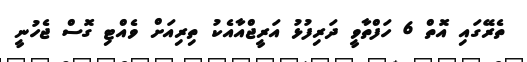
ތެރޭގައި އޮތް 6 ހަފްތާވީ ދަރިފުޅު އަރީޖްއާއެކު ތިރިއަށް ވެއްޓި ގޮސް ޖެހުނީ